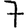
Digit: 7